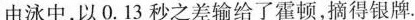
由泳中，以0.13秒之差输给了霍顿，摘得银牌。